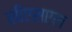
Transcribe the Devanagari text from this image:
सीएसएल